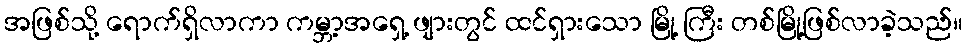
အဖြစ်သို့ ရောက်ရှိလာကာ ကမ္ဘာ့အရှေ့ ဖျားတွင် ထင်ရှားသော မြို့ ကြီး တစ်မြို့ဖြစ်လာခဲ့သည်။